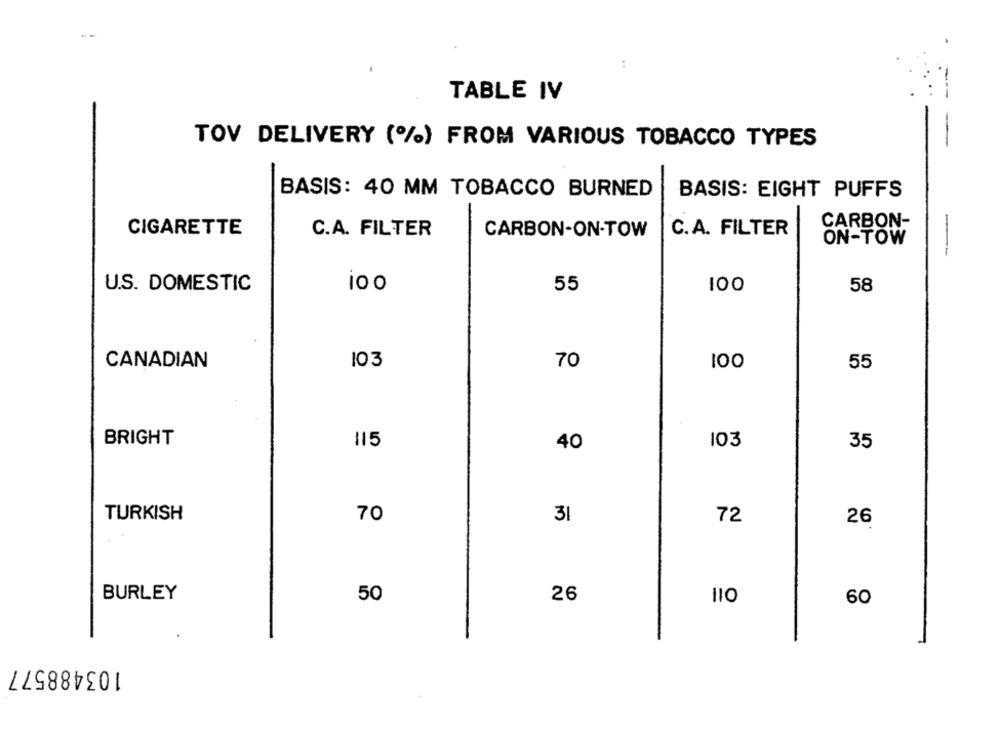
TABLE IV
TOV DELIVERY (%) FROM VARIOUS TOBACCO TYPES
BASIS: 40 MM TOBACCO BURNED
BASIS: EIGHT PUFFS
CARBON-
CIGARETTE
C.A. FILTER
CARBON-ON-TOW
C.A. FILTER
ON-TOW
U.S. DOMESTIC
100
55
100
58
CANADIAN
103
70
100
55
BRIGHT
115
40
103
35
TURKISH
70
31
72
26
BURLEY
50
26
60
103488577